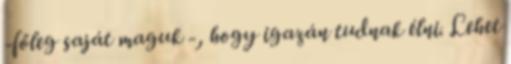
-főleg saját maguk -, hogy igazán tudnak élni. Lehet